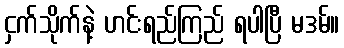
ငှက်သိုက်နဲ့ ဟင်းရည်ကြည် ရပါပြီ မဒမ်။